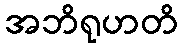
အဘိရုဟတိ